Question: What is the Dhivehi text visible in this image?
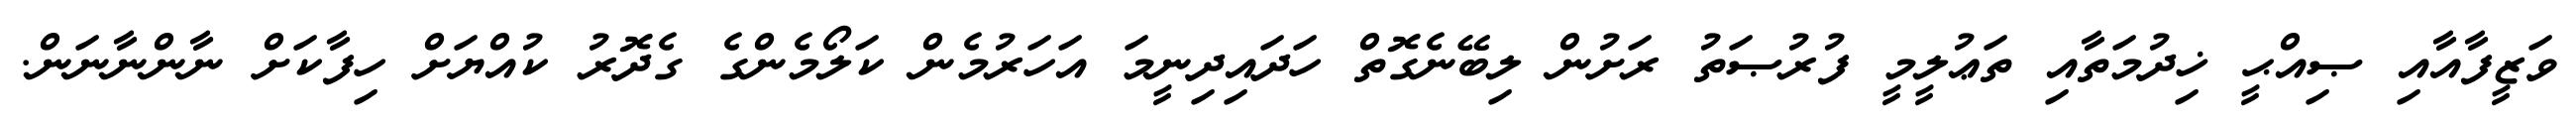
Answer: ވަޒީފާއާއި ޞިއްޙީ ޚިދުމަތާއި ތަޢުލީމީ ފުރުޞަތު ރަށުން ލިބޭނެގޮތް ހަދައިދިނީމަ އަހަރުމެން ކަލޯމެންގެ ގެދޮރު ކުއްޔަށް ހިފާކަށް ނާންނާނަން.